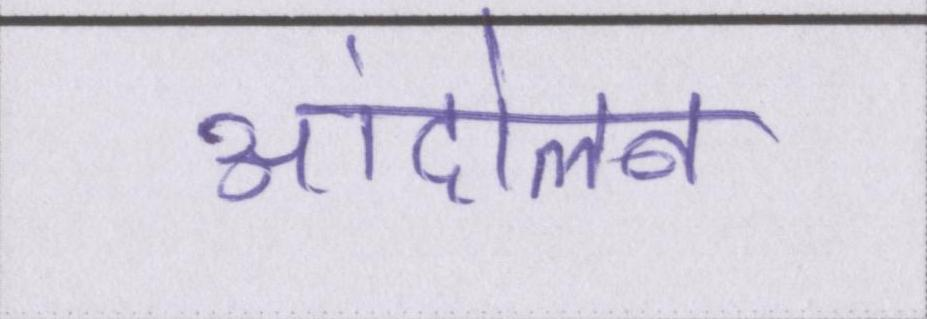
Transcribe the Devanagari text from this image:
आंदोलन